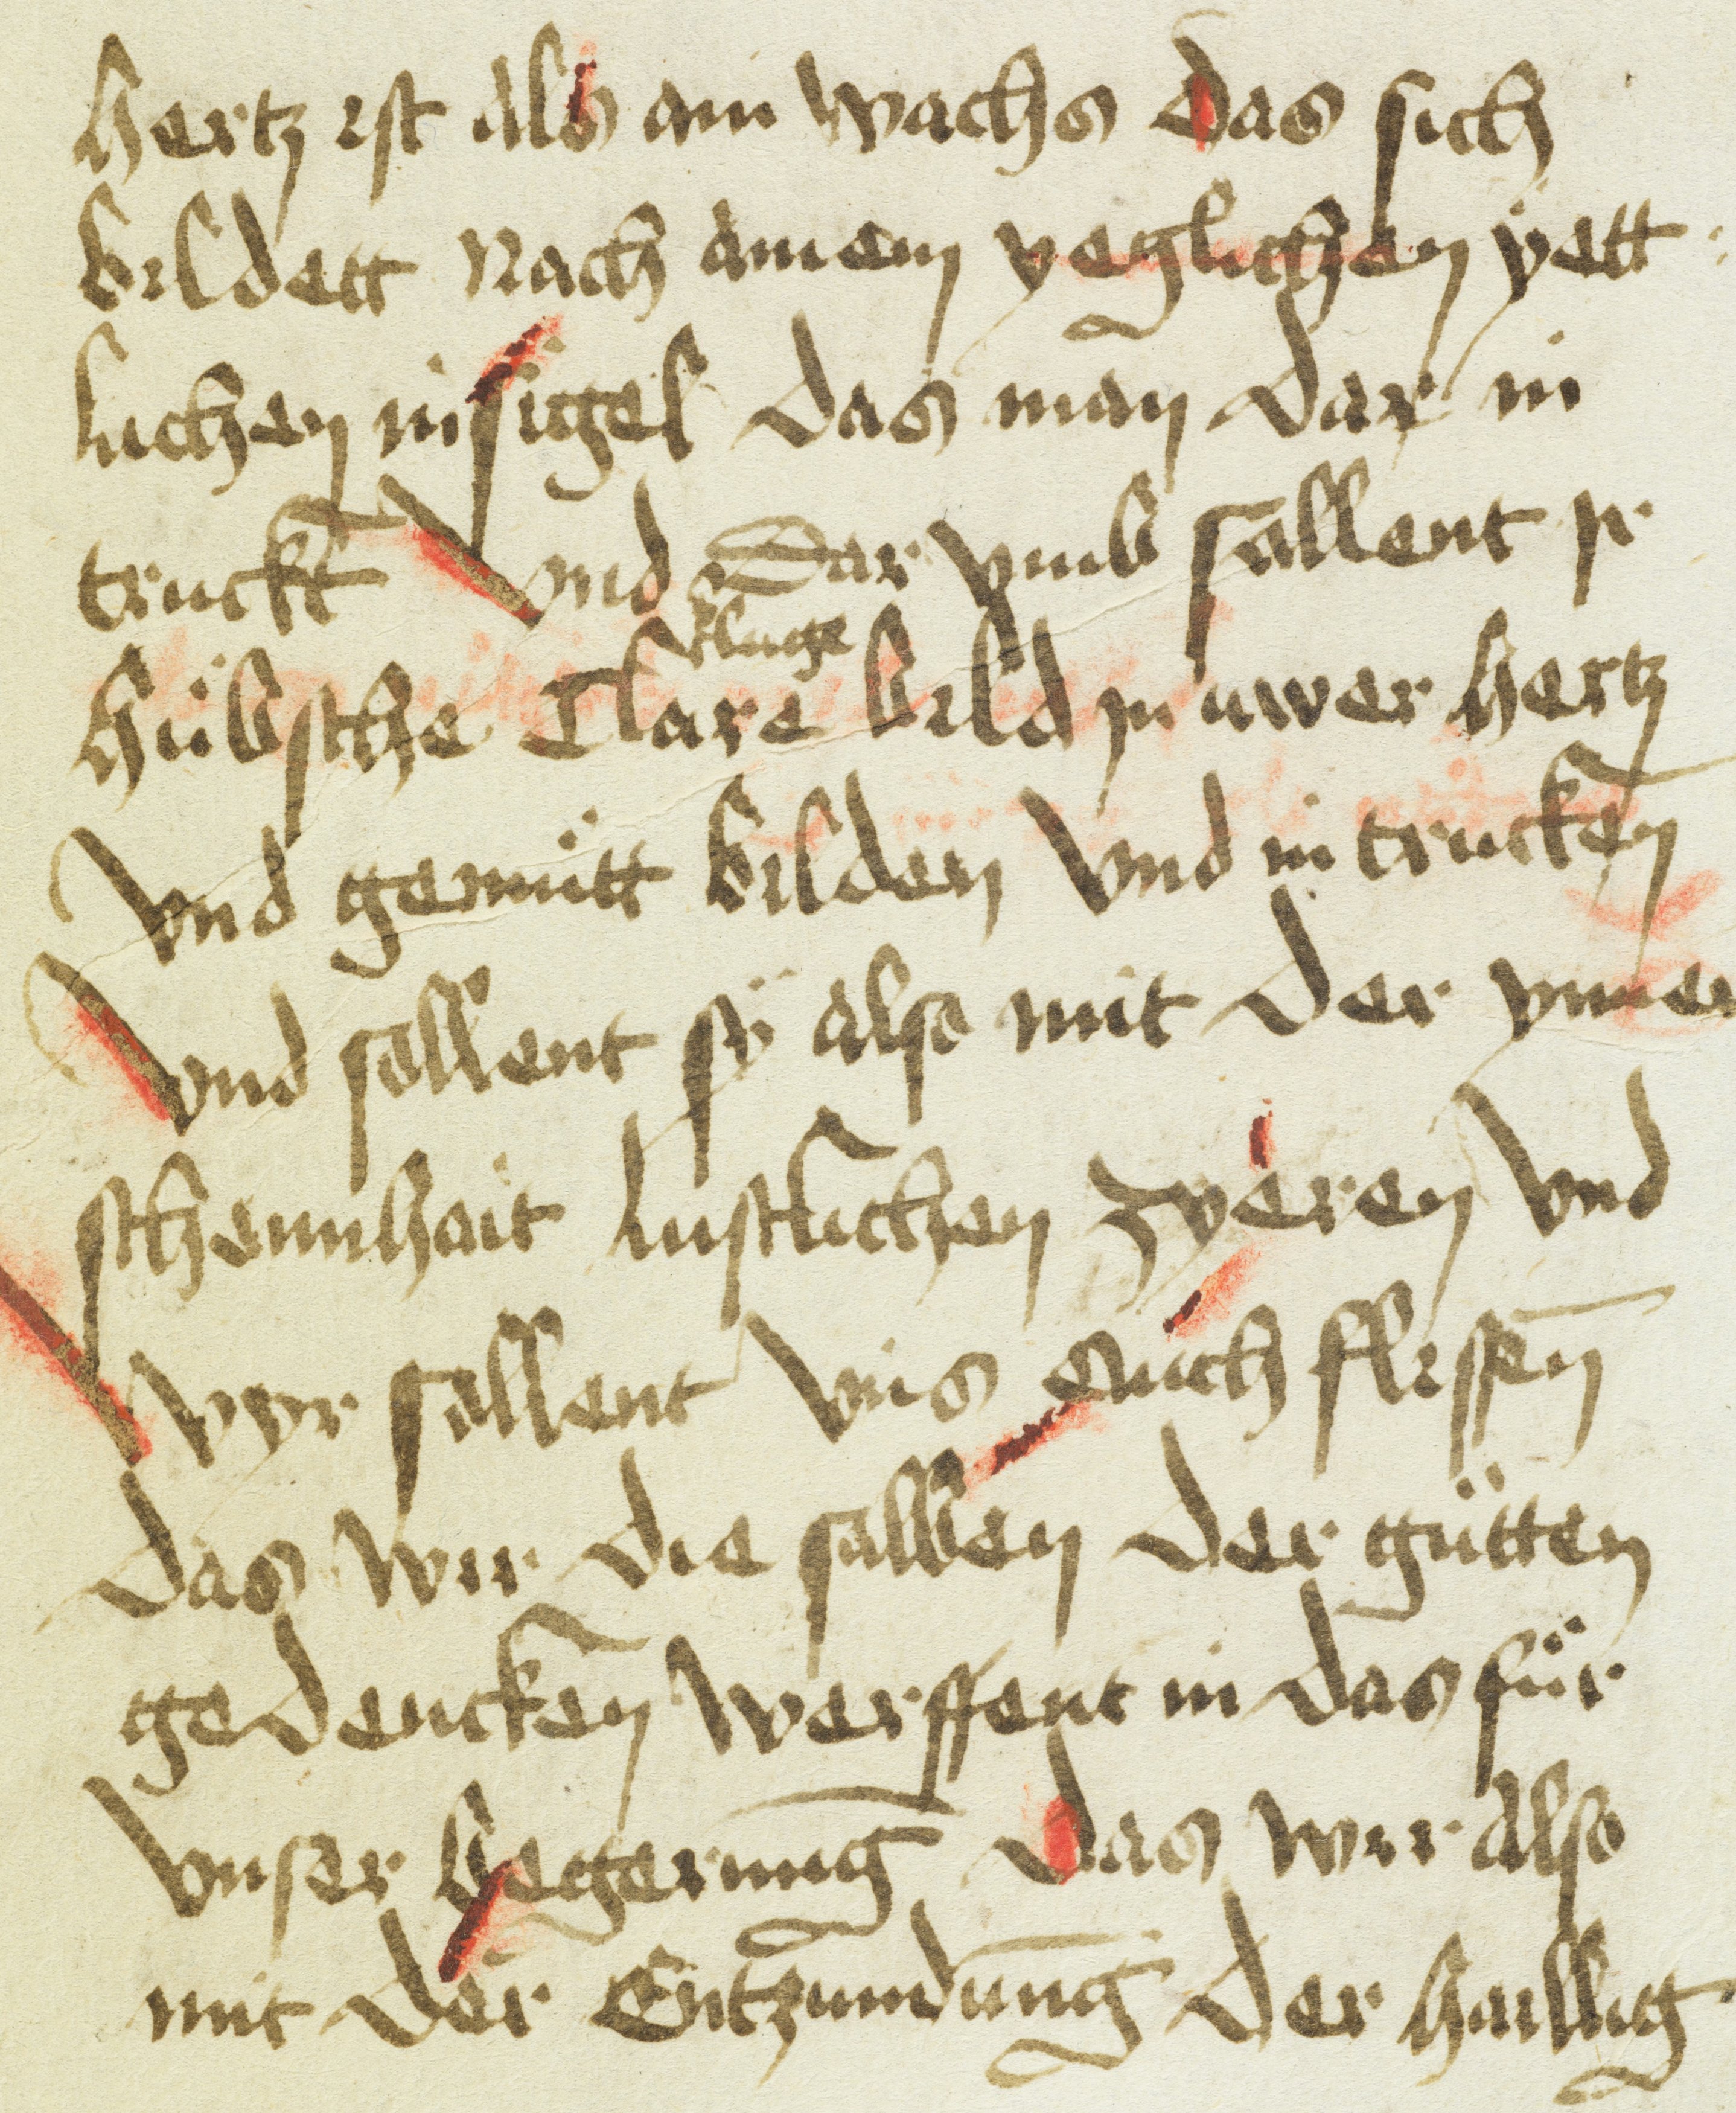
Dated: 1400–1499